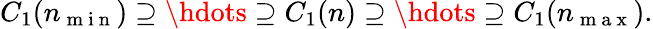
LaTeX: C_{1}(n_{\mathrm{~m~i~n~}})\supseteq\hdots\supseteq C_{1}(n)\supseteq\hdots\supseteq C_{1}(n_{\mathrm{~m~a~x~}}).